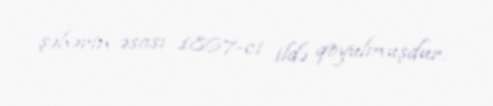
şəhərin əsası 1867-ci ildə qoyulmuşdur.